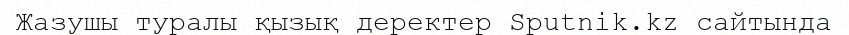
Жазушы туралы қызық деректер Sputnik.kz сайтында